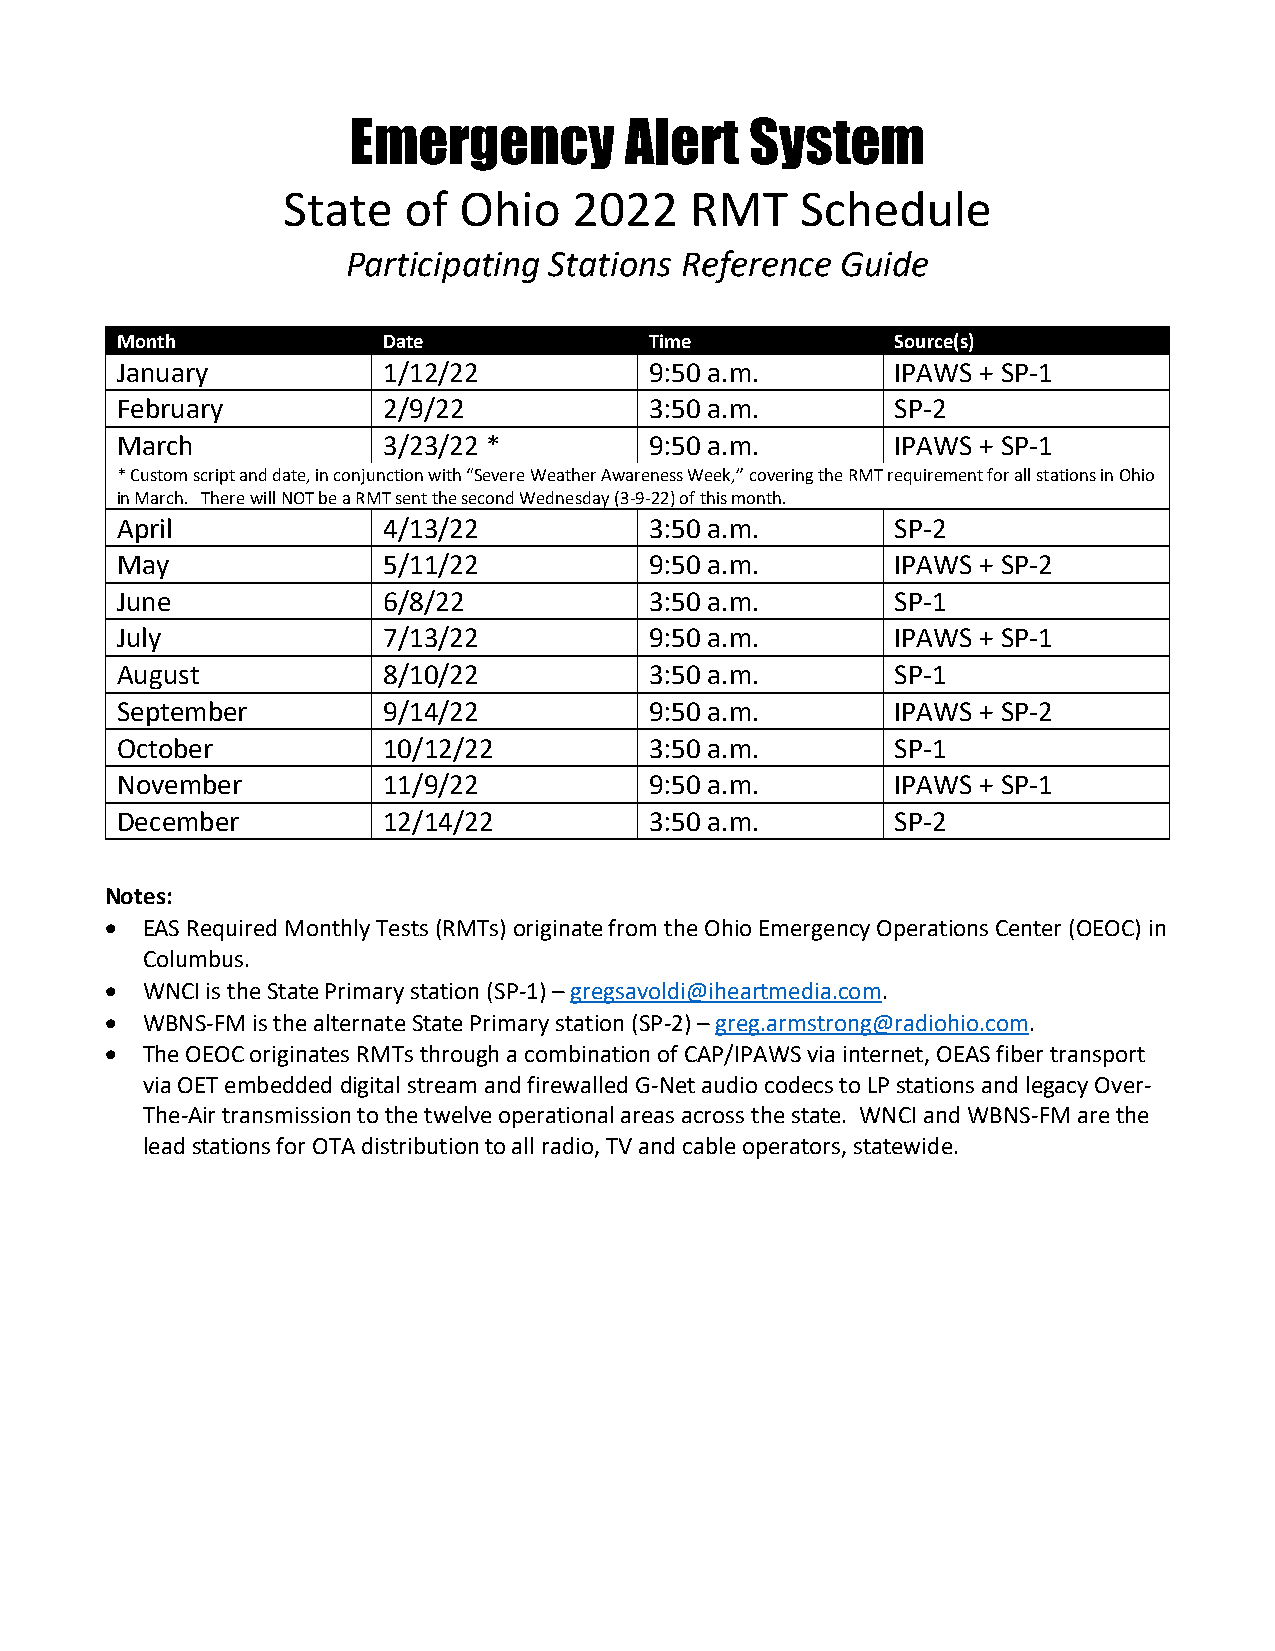
Emergency         Alert    System
 State   of Ohio    2022    RMT    Schedule
 Participating Stations Reference Guide
 Month            Date              Time            Source(s)
 January          1/12/22           9:50 a.m.       IPAWS + SP-1
 February         2/9/22            3:50 a.m.       SP-2
 March            3/23/22 *         9:50 a.m.       IPAWS + SP-1
 * Custom script and date, in conjunction with “Severe Weather Awareness Week,” covering the RMT requirement for all stations in Ohio
 in March. There will NOT be a RMT sent the second Wednesday (3-9-22) of this month.
 April            4/13/22           3:50 a.m.       SP-2
 May              5/11/22           9:50 a.m.       IPAWS + SP-2
 June             6/8/22            3:50 a.m.       SP-1
 July             7/13/22           9:50 a.m.       IPAWS + SP-1
 August           8/10/22           3:50 a.m.       SP-1
 September        9/14/22           9:50 a.m.       IPAWS + SP-2
 October          10/12/22          3:50 a.m.       SP-1
 November         11/9/22           9:50 a.m.       IPAWS + SP-1
 December         12/14/22          3:50 a.m.       SP-2
 Notes:
 • EAS Required Monthly Tests (RMTs) originate from the Ohio Emergency Operations Center (OEOC) in
 Columbus.
 • WNCI is the State Primary station (SP-1) – gregsavoldi@iheartmedia.com.
 • WBNS-FM is the alternate State Primary station (SP-2) – greg.armstrong@radiohio.com.
 • The OEOC originates RMTs through a combination of CAP/IPAWS via internet, OEAS fiber transport
 via OET embedded digital stream and firewalled G-Net audio codecs to LP stations and legacy Over-
 The-Air transmission to the twelve operational areas across the state. WNCI and WBNS-FM are the
 lead stations for OTA distribution to all radio, TV and cable operators, statewide.